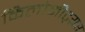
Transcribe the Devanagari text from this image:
किलोमीट्य़र